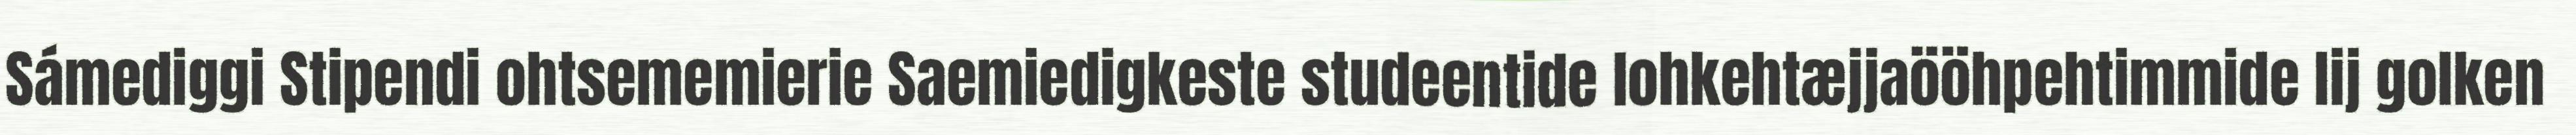
Sámediggi Stipendi ohtsememierie Saemiedigkeste studeentide lohkehtæjjaööhpehtimmide lij golken